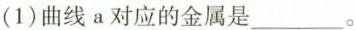
(1)曲线a对应的金属是___。